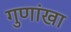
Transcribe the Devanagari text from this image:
गुणांखा